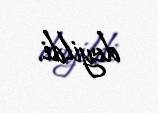
deyildi.